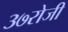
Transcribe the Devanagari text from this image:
३७रोजी